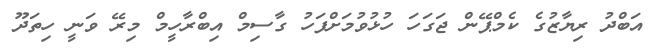
އަބްދު ރިޔާޒުގެ ކެމްޕޭން ޖަގަހަ ހުޅުވުމަށްފަހު ގާސިމް އިބްރާހީމް މިރޭ ވަނީ ހިތަދޫ